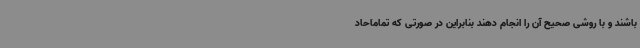
باشند و با روشی صحیح آن را انجام دهند بنابراین در صورتی که تمامآحاد